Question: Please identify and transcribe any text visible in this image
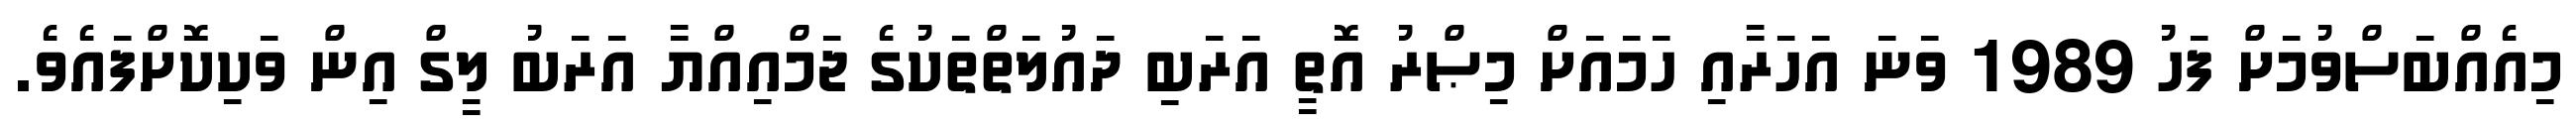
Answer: މިއެއްބަސްވުމަށް ފަހު 1989 ވަނަ އަހަރާއި ހަމައަށް މިޞްރު އޮތީ އަރަބި ދައުލަތްތަކުގެ ޖަމްއިއްޔާ އަރަބު ލީގް އިން ވަކިކޮށްފައެވެ.